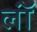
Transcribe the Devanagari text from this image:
लॉं